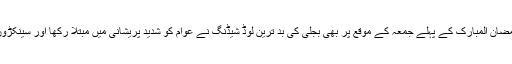
18 مئی2018ء) نارنگ منڈی و گرد و نواح میں رمضان المبارک کے پہلے جمعہ کے موقع پر بھی بجلی کی بد ترین لوڈ شیڈنگ نے عوام کو شدید پریشانی میں مبتلا رکھا اور سینکڑوں روزہ دار نماز جمعہ کی تیاری سے محروم رہے ۔